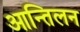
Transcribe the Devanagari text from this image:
आन्तिलन